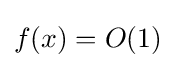
f(x)=O(1)